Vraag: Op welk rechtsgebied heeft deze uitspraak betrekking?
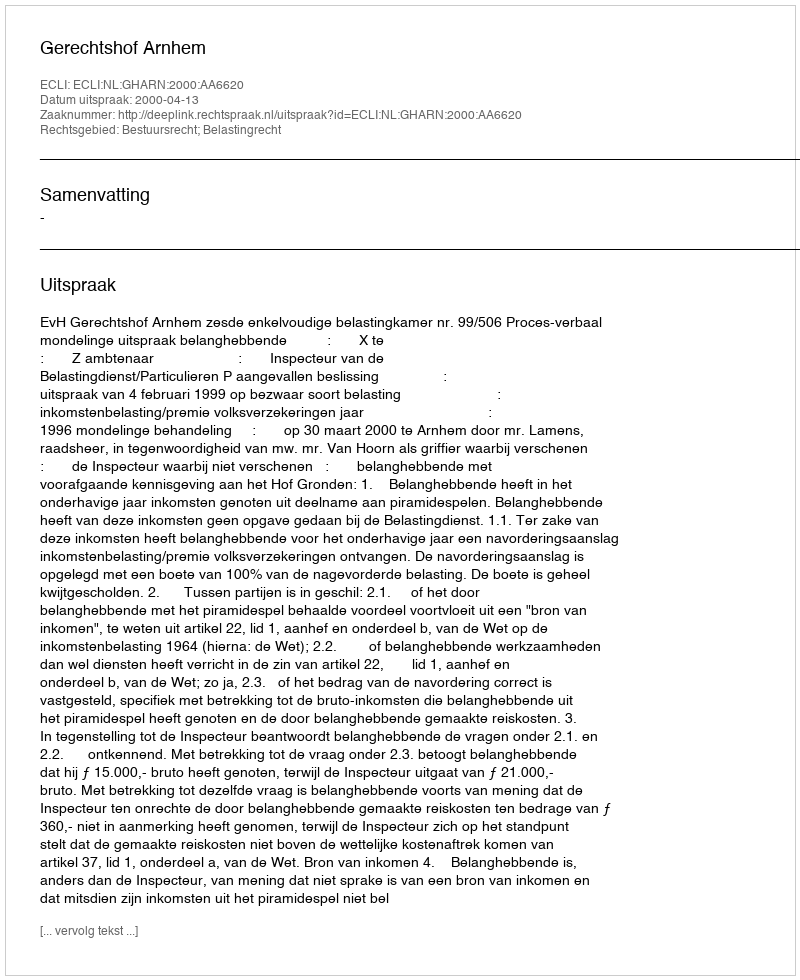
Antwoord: Bestuursrecht; Belastingrecht